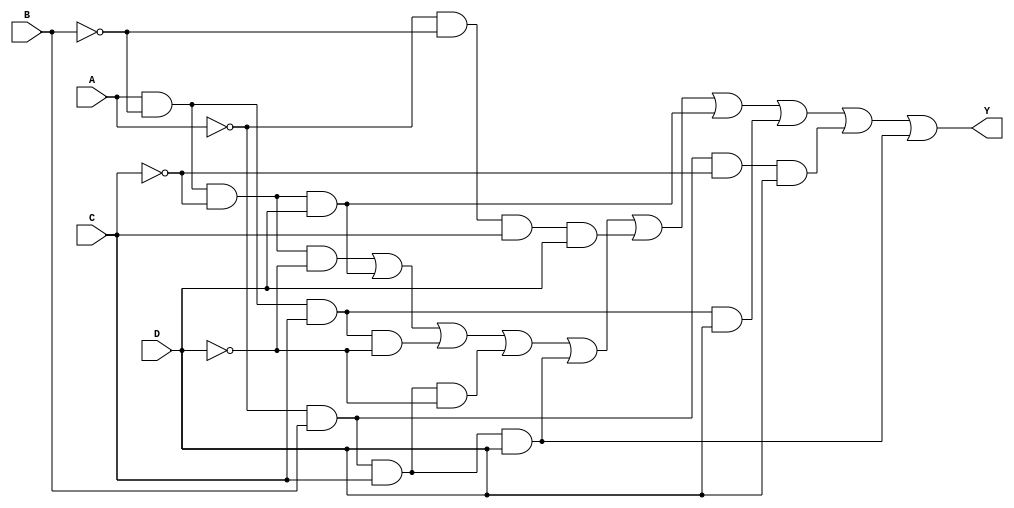
module CLB_PrimeImplicants (
    input wire A,
    input wire B,
    input wire C,
    input wire D,
    output wire Y
);

// Define the minterms for the logic function
// For example, let's assume the function is true for minterms 0, 1, 2, 5, 6, 7, 8, 9, 10, 14
assign Y = (A & ~B & ~C & ~D) | // minterm 0
           (A & ~B & ~C & D)  | // minterm 1
           (A & ~B & C & ~D)  | // minterm 2
           (~A & B & C & ~D)  | // minterm 5
           (~A & B & C & D)   | // minterm 6
           (~A & ~B & C & D)  | // minterm 7
           (A & ~B & ~C & D)  | // minterm 8
           (A & ~B & C & D)   | // minterm 9
           (~A & B & ~C & D)  | // minterm 10
           (~A & B & C & D);   // minterm 14

endmodule